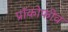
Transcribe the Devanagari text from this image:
प्रॉकोफीव